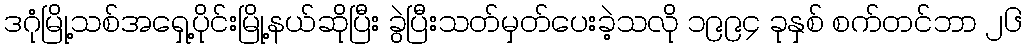
ဒဂုံမြို့သစ်အရှေ့ပိုင်းမြို့နယ်ဆိုပြီး ခွဲပြီးသတ်မှတ်ပေးခဲ့သလို ၁၉၉၄ ခုနှစ် စက်တင်ဘာ ၂၆